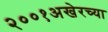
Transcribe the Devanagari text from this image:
२००१अखेरच्या